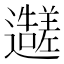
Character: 𬩭